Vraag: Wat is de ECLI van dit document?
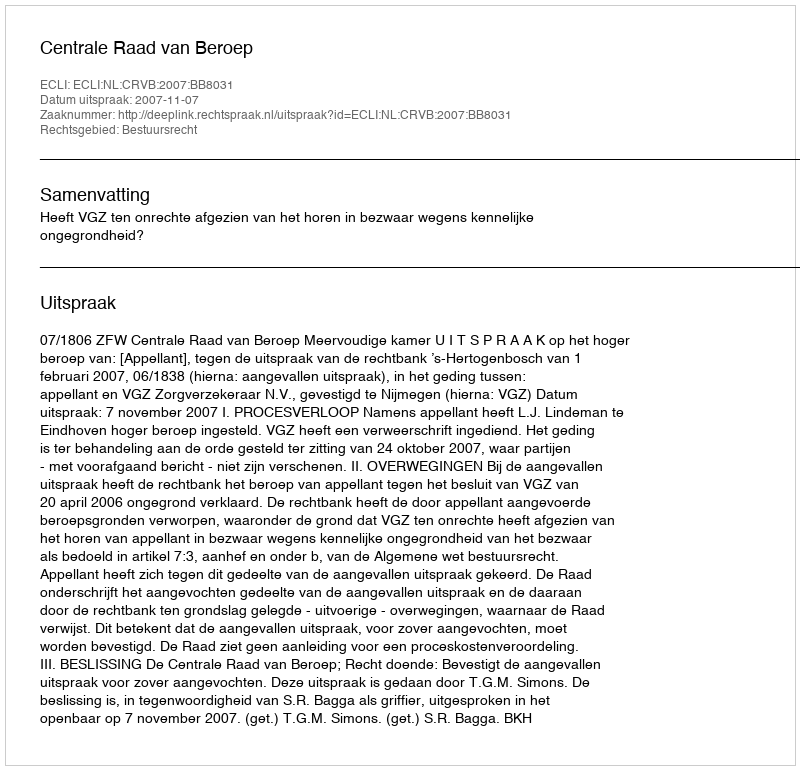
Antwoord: ECLI:NL:CRVB:2007:BB8031